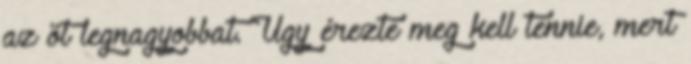
az öt legnagyobbat. Úgy érezte meg kell tennie, mert